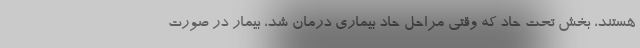
هستند، بخش تحت حاد که وقتی مراحل حاد بیماری درمان شد، بیمار در صورت